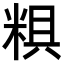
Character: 𥺎